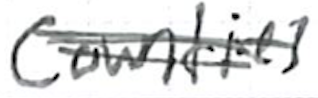
Text: Counties
Cross-out: double-line
Writing tool: ballpoint